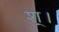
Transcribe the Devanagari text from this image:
श्।